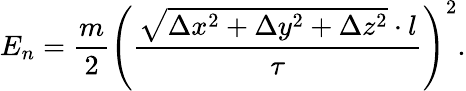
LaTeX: E_{n}=\frac{m}{2}\left(\frac{\sqrt{\Delta x^{2}+\Delta y^{2}+\Delta z^{2}}\cdot l}{\tau}\right)^{2}.